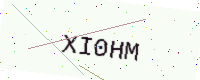
Text: XI0HM